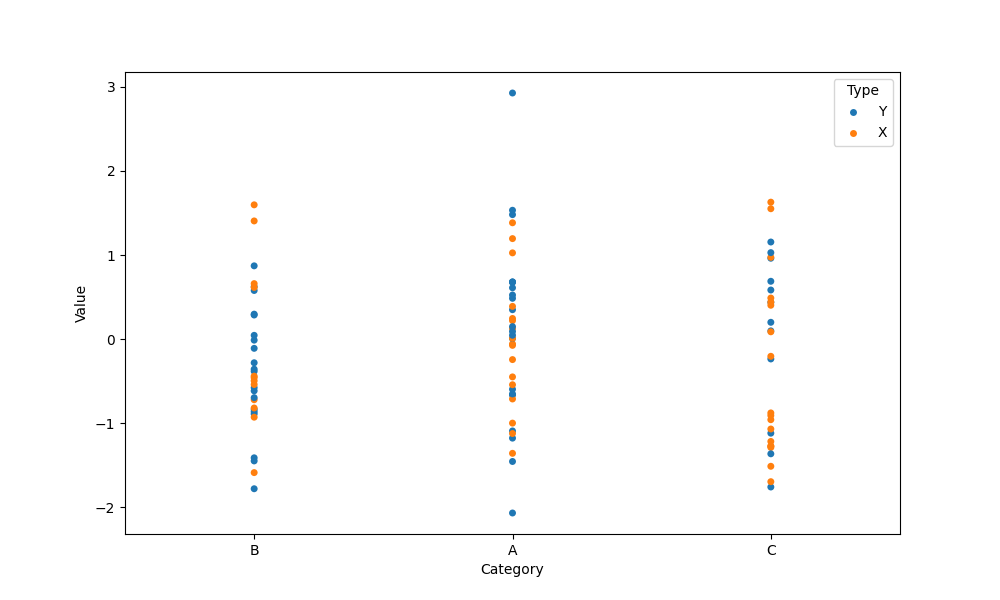
python, seaborn, stripplot, jitter=False, dodge=False, alpha=1.0, size=5